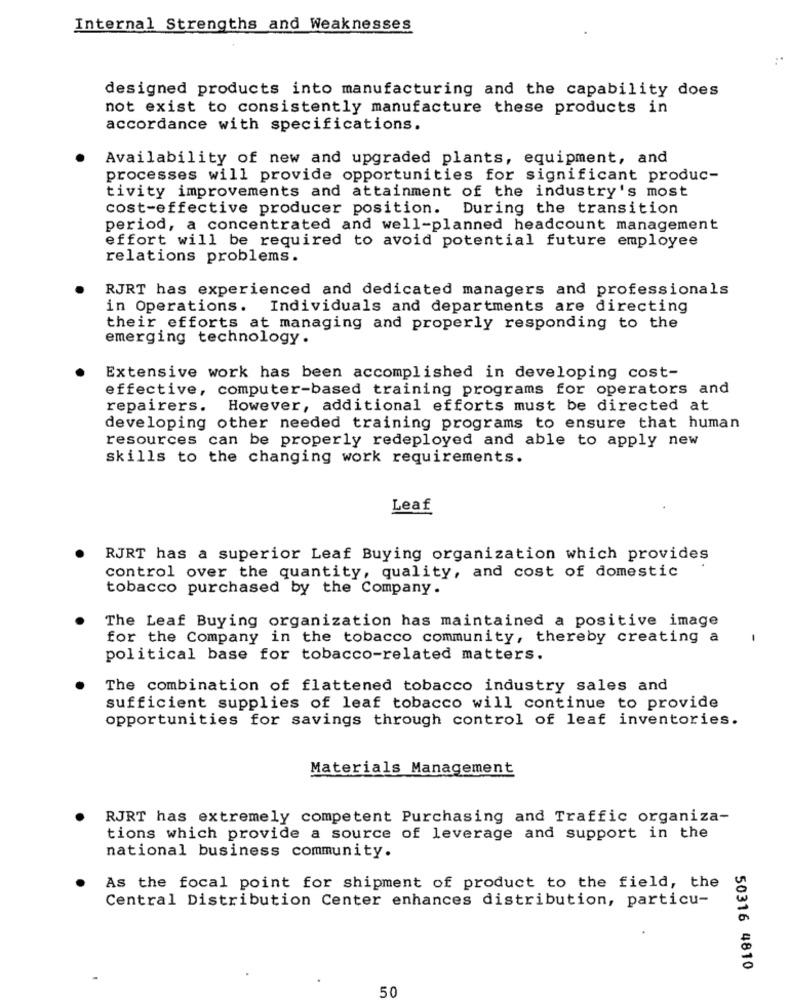
Internal Strengths and Weaknesses
designed products into manufacturing and the capability does
not exist to consistently manufacture these products in
accordance with specifications.
Availability of new and upgraded plants, equipment, and
processes will provide opportunities for significant produc-
tivity improvements and attainment of the industry's most
cost-effective producer position. During the transition
period, a concentrated and well-planned headcount management
effort will be required to avoid potential future employee
relations problems.
RJRT has experienced and dedicated managers and professionals
in Operations.
Individuals and departments are directing
their efforts at managing and properly responding to the
emerging technology.
Extensive work has been accomplished in developing cost-
effective, computer-based training programs for operators and
repairers. However, additional efforts must be directed at
developing other needed training programs to ensure that human
resources can be properly redeployed and able to apply new
skills to the changing work requirements.
Leaf
RJRT has a superior Leaf Buying organization which provides
control over the quantity, quality, and cost of domestic
tobacco purchased by the Company.
The Leaf Buying organization has maintained a positive image
for the Company in the tobacco community, thereby creating a
political base for tobacco-related matters.
The combination of flattened tobacco industry sales and
sufficient supplies of leaf tobacco will continue to provide
opportunities for savings through control of leaf inventories.
Materials Management
RJRT has extremely competent Purchasing and Traffic organiza-
tions which provide a source of leverage and support in the
national business community.
As the focal point for shipment of product to the field, the
Central Distribution Center enhances distribution, particu-
50316 4810
50